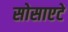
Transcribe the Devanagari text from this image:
सोसाएटे